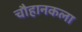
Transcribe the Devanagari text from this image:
चौहानकला